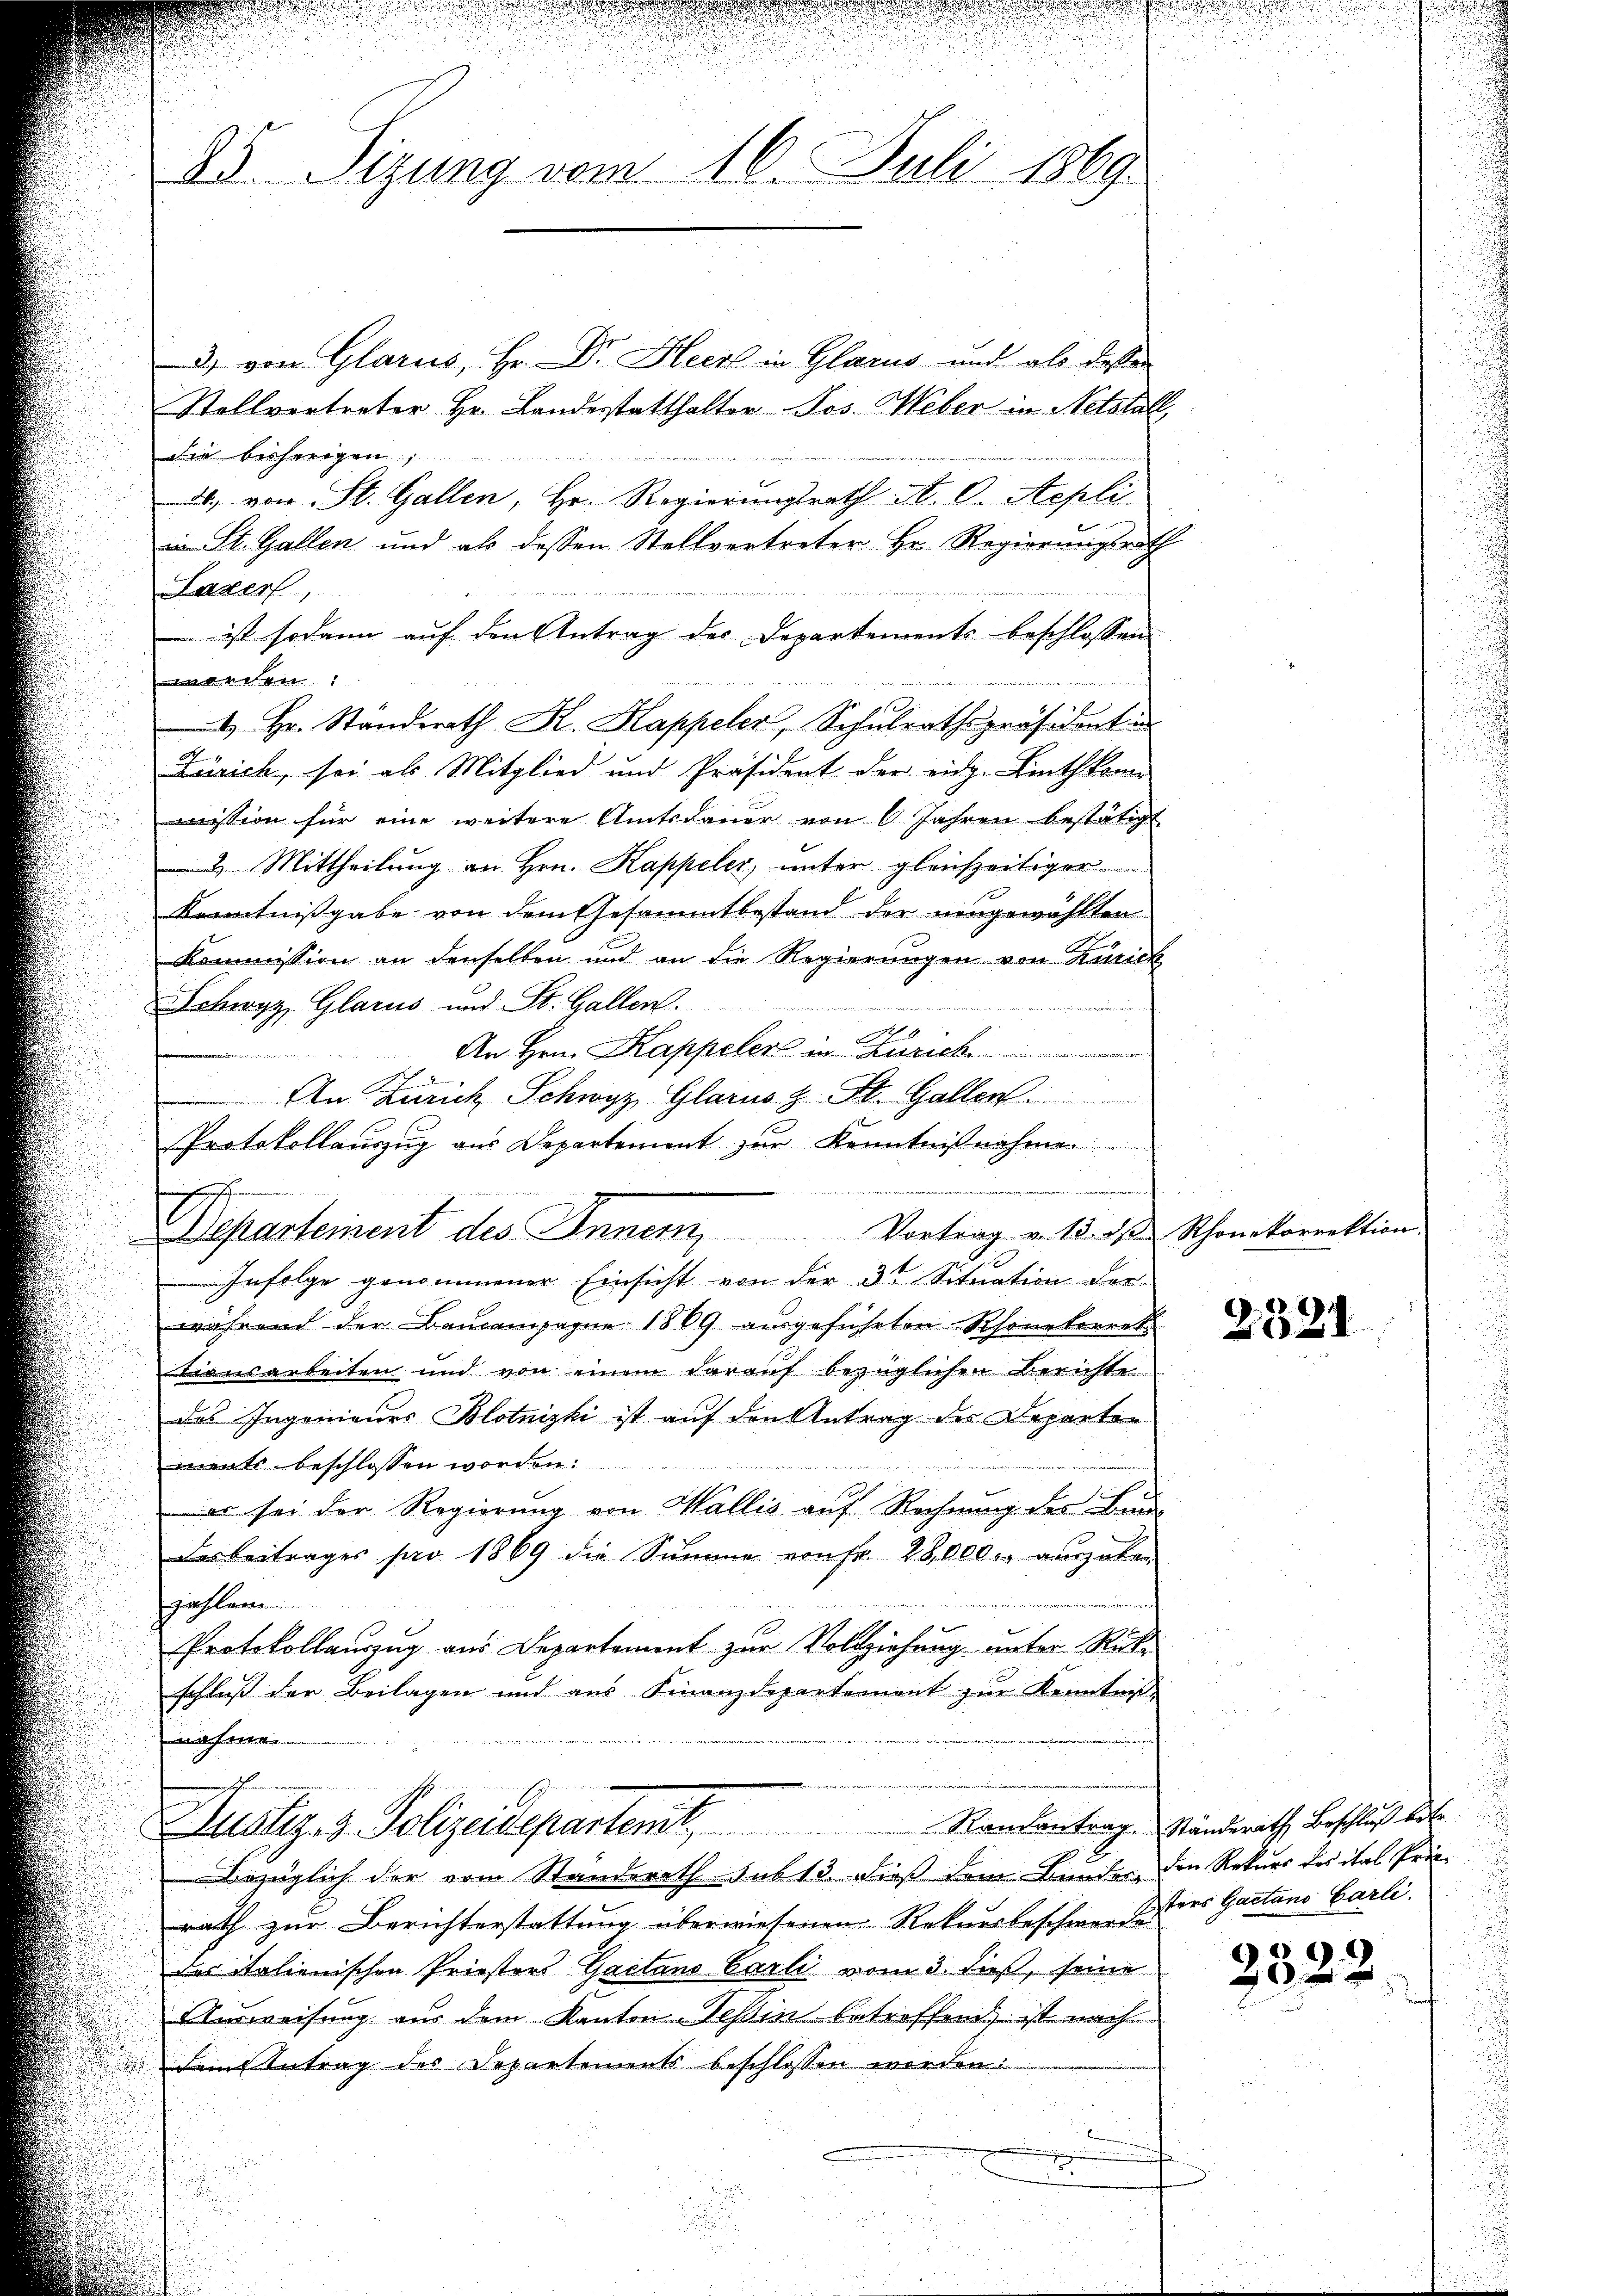
25. Sizung vom 16. Juli 1869.

Departement des Innern, Vortrag v. 18. ds Schonekorrektion

3) von Glarus, Hr. Dr. Heck in Glarus und als desse
Stollvertreter Hr. Landestatthalter Jos. Weber in Notstall,
die bisherigen
., von St. Gallen, Hr. Regierungsrath A. O. Aepli
in St. Gallen und als dessen Stellvertreter Hr. Regierungsrath
Luzer
ist sodann auf den Antrag der Departements beschlossen
en
4 Hr. Standerath K. Kappeler, Schulrathspräsidenten
Zürich, sei als Mitglied und Präsident der eidg. Linthkom
mission für eine weitere Amtsdaŭer von 6 Jahren bestätigt
2 Mittheilung an Hrn. Kappeler, unter gleichzeitiger
Kenntnißgabe von dem Gesammtbestand der neugewählten
Kommission an denselben und an die Regierungen von Zürich
Schwyz, Glarus und St. Gallen.
An Hrn. Kappeler in Zürich
u
An Zürich Schwyz, Glarus & St. Gallen.
Protokollauszug aus Departement zur Kenntnißnahme
Infolge genommener Einsicht von der 3te Situation der
während der Baucampagne 1869 ausgeführten Rhonetorret
tionsarbeiten und von einem darauf bezüglichen Berichte
des Ingenieurs Blotnizki ist auf den Antrag des Departen
ments beschlossen worden:
er sei der Regierung von Wallis auf Rechnung des Bun-
des Beitrages pro 1869 die Summe von fr. 28 000 ausgaben
zahlen
Protokollauszug aus Departement zur Vollziehung unter Rückschloß der Beilagen und aus Finanzdepartement zur Kenntniß
nahme
Zustiz- & Polizeidepartent.   Rankontrag. Ständerath Beschlich des
Bezüglich der vom Standerath sub 13. dieß dem Bunder, den Rekurs des ital Prin-
rath zur Berichterstattung überwiesenen Rekursbeschmer des des Gaetano Carli.
des italienischen Priestors Gaetano Carli vom 3. dieß, seine
Ausweisung aus dem Kanton Tessin betreffend ist nach
dem Antrag des Departements beschlossen werden.

E

2321

2522